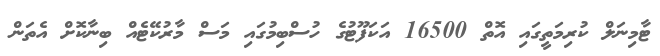
ޓާމިނަލް ކުރިމަތީގައި އޮތް 16500 އަކަފޫޓުގެ ހުސްބިމުގައި މަސް މާރުކޭޓެއް ބިނާކޮށް އެތަން